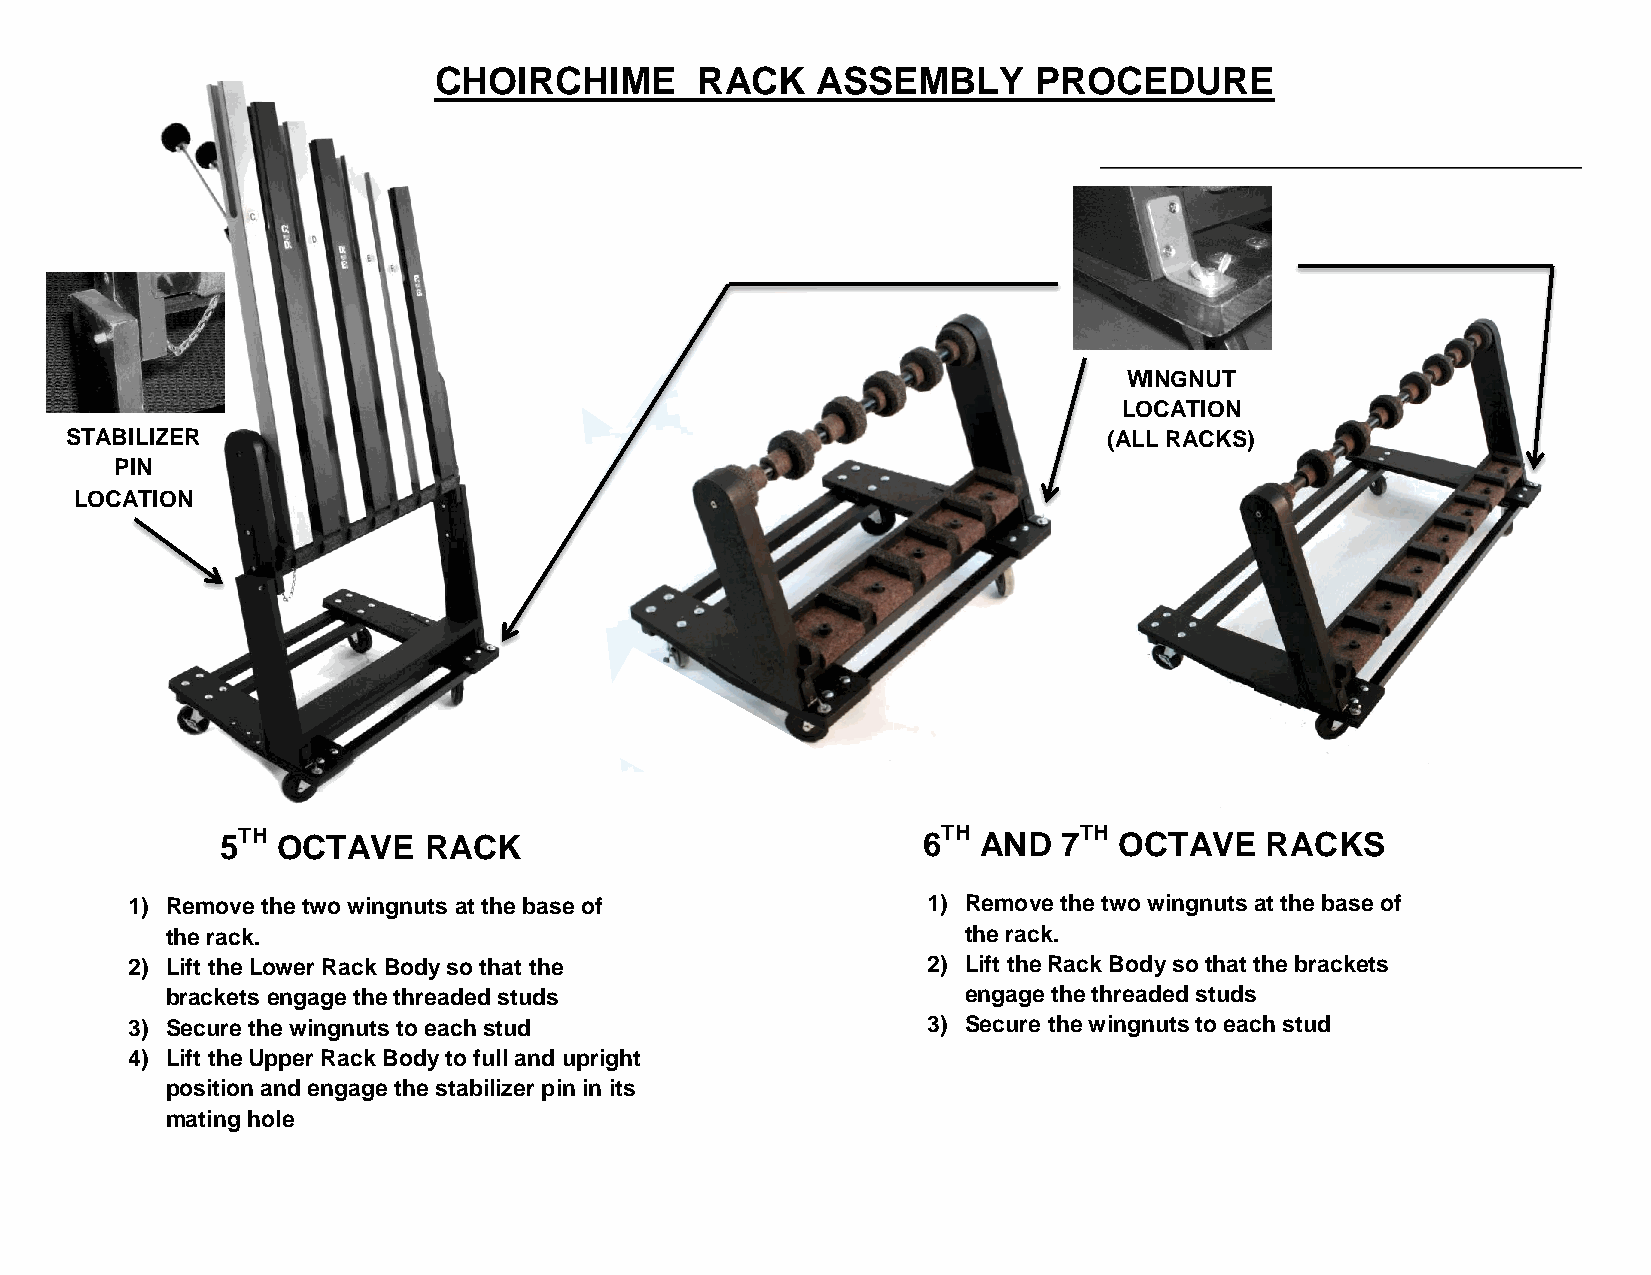
CHOIRCHIME       RACK    ASSEMBLY      PROCEDURE
 WINGNUT
 LOCATION
 STABILIZER                                                           (ALL RACKS)
 PIN
 LOCATION
 5TH OCTAVE   RACK                             6TH AND  7TH OCTAVE    RACKS
 1) Remove the two wingnuts at the base of            1) Remove the two wingnuts at the base of
 the rack.                                            the rack.
 2) Lift the Lower Rack Body so that the              2) Lift the Rack Body so that the brackets
 brackets engage the threaded studs                   engage the threaded studs
 3) Secure the wingnuts to each stud                  3) Secure the wingnuts to each stud
 4) Lift the Upper Rack Body to full and upright
 position and engage the stabilizer pin in its
 mating hole